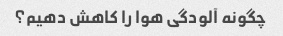
چگونه آلودگی هوا را کاهش دهیم؟